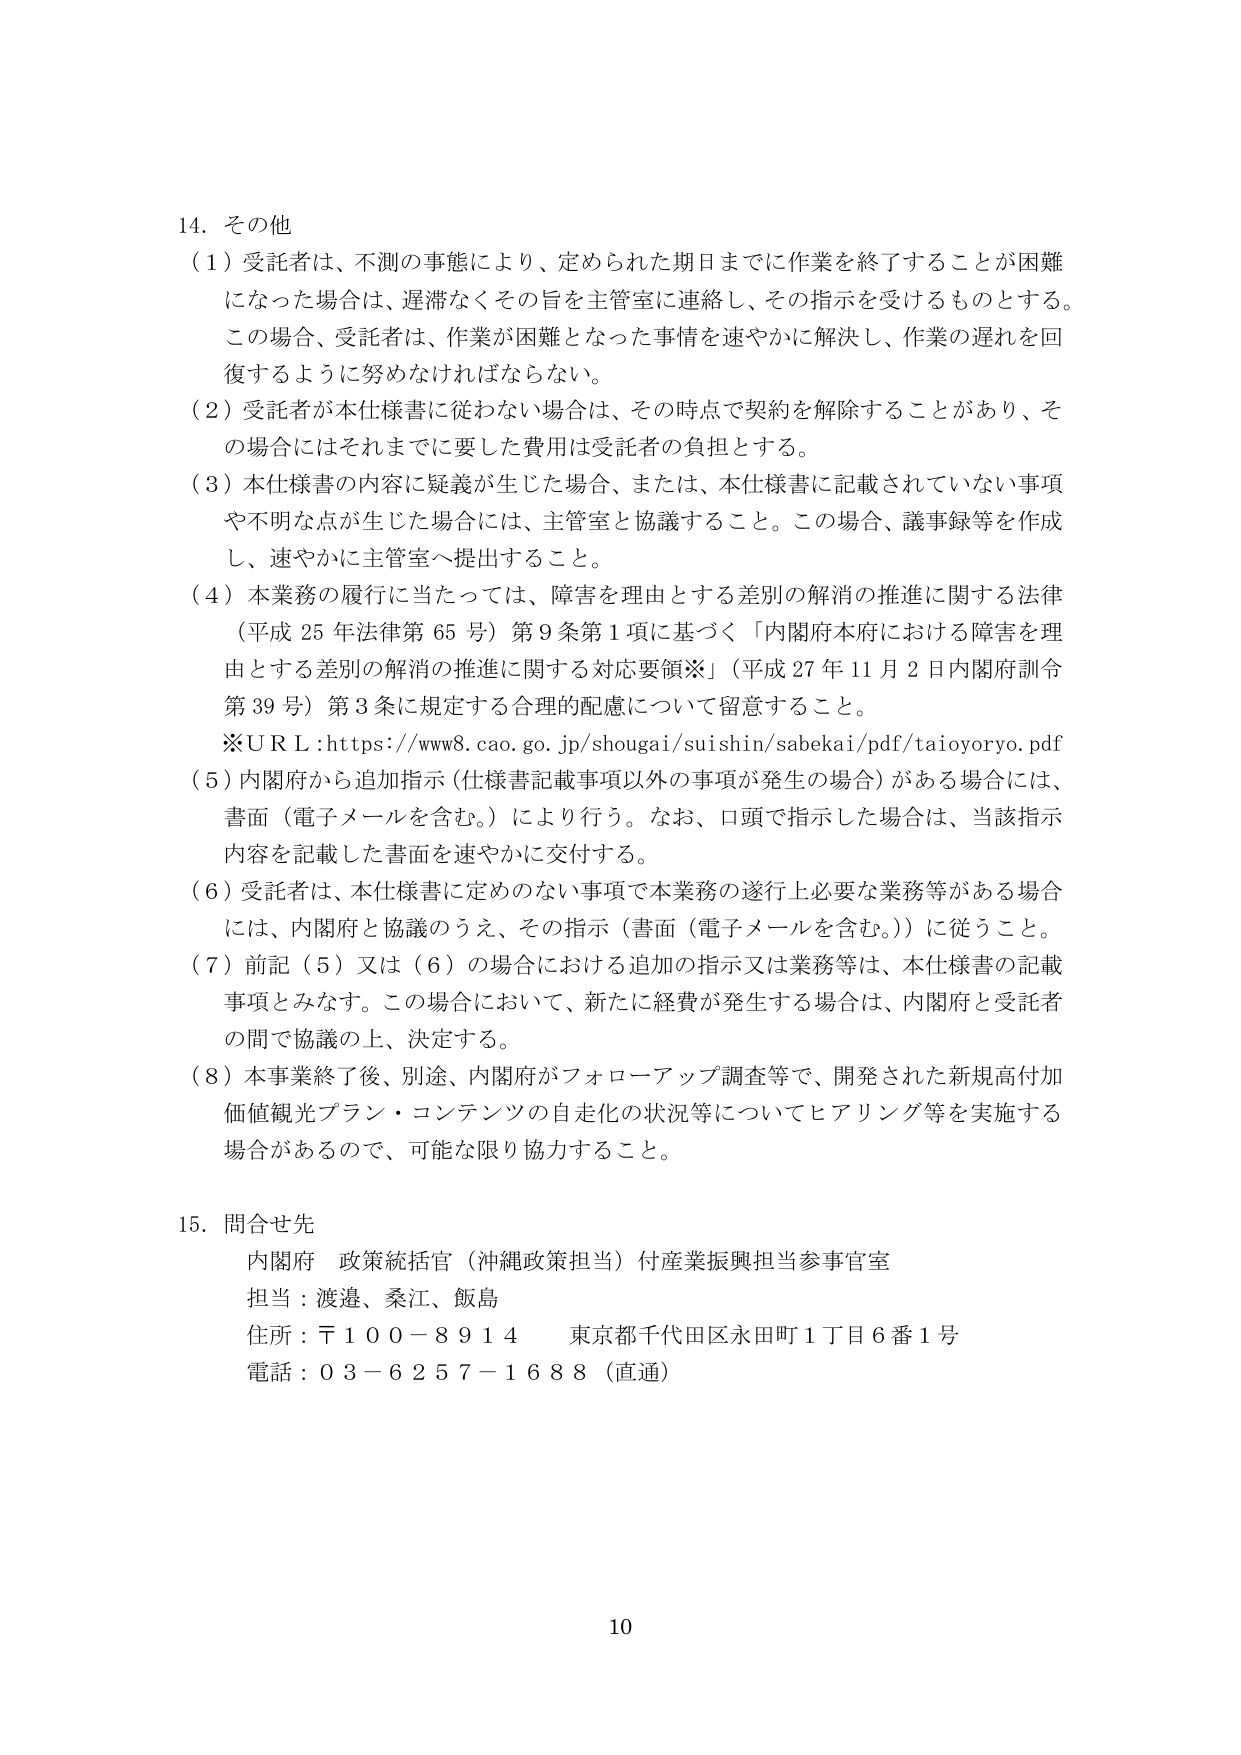
14. その他
（1）受託者は、不測の事態により、定められた期日までに作業を終了することが困難になった場合は、遅滞なくその旨を主管室に連絡し、その指示を受けるものとする。この場合、受託者は、作業が困難となった事情を速やかに解決し、作業の遅れを回復するように努めなければならない。
（2）受託者が本仕様書に従わない場合は、その時点で契約を解除することがあり、その場合にはそれまでに要した費用は受託者の負担とする。
（3）本仕様書の内容に疑義が生じた場合、または、本仕様書に記載されていない事項や不明な点が生じた場合には、主管室と協議すること。この場合、議事録等を作成し、速やかに主管室へ提出すること。
（4）本業務の履行に当たっては、障害を理由とする差別の解消の推進に関する法律（平成25年法律第65号）第9条第1項に基づく「内閣府本府における障害を理由とする差別の解消の推進に関する対応要領※」（平成27年11月2日内閣府訓令第39号）第3条に規定する合理的配慮について留意すること。
※ＵＲＬ：https://www8.cao.go.jp/shougai/suishin/sabekai/pdf/taioyoryo.pdf
（5）内閣府から追加指示（仕様書記載事項以外の事項が発生の場合）がある場合には、書面（電子メールを含む。）により行う。なお、口頭で指示した場合は、当該指示内容を記載した書面を速やかに交付する。
（6）受託者は、本仕様書に定めのない事項で本業務の遂行上必要な業務等がある場合には、内閣府と協議のうえ、その指示（書面（電子メールを含む。））に従うこと。
（7）前記（5）又は（6）の場合における追加の指示又は業務等は、本仕様書の記載事項とみなす。この場合において、新たに経費が発生する場合は、内閣府と受託者の間で協議の上、決定する。
（8）本事業終了後、別途、内閣府がフォローアップ調査等で、開発された新規高付加価値観光プラン・コンテンツの自走化の状況等についてヒアリング等を実施する場合があるので、可能な限り協力すること。

15. 問合せ先
内閣府 政策統括官（沖縄政策担当）付産業振興担当参事官室
担当：渡邉、桑江、飯島
住所：〒100－8914 東京都千代田区永田町1丁目6番1号
電話：03－6257－1688（直通）

10